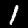
Label: 1